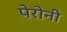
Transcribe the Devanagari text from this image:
पेरोनी